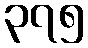
၃၇၅